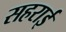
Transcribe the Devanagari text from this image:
सहराई